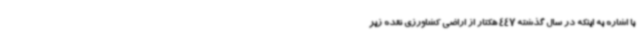
با اشاره به اینکه در سال گذشته 447 هکتار از اراضی کشاورزی نقده زیر